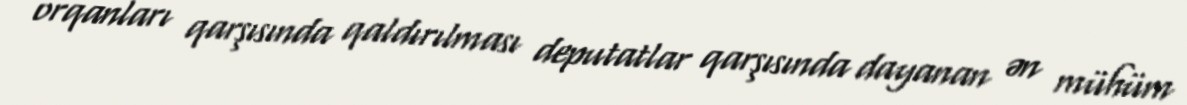
orqanları qarşısında qaldırılması deputatlar qarşısında dayanan ən mühüm